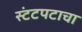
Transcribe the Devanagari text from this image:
स्टंटपटाचा